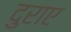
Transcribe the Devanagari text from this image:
दुराए